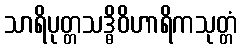
သာရိပုတ္တသဒ္ဓိဝိဟာရိကသုတ္တံ